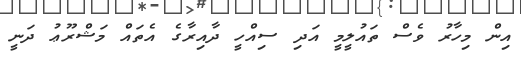
އިން މިހާރު ވެސް ތައުލީމީ އަދި ސިއްހީ ދާއިރާގެ އެތައް މަޝްރޫޢު ދަނީ